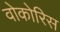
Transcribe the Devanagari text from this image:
वोकोरिस